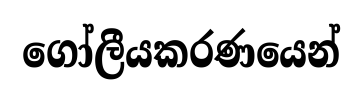
ගෝලීයකරණයෙන්